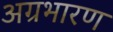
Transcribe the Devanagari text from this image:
अग्रभारण